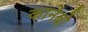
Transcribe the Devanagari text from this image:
कानेबो